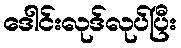
ဒေါင်းလုဒ်လုပ်ပြီး